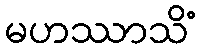
မဟဿာသိံ